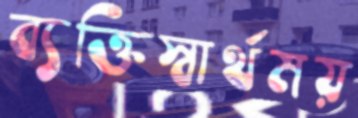
ব্যক্তিস্বার্থময়